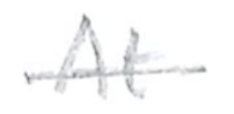
Text: At
Cross-out: single-line
Writing tool: pencil